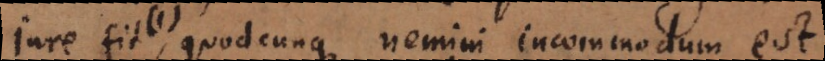
Jure fit quodcunque nemini incommodum est2